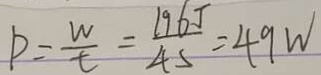
P = \frac { W } { t } = \frac { 1 9 6 J } { 4 5 } = 4 9 W